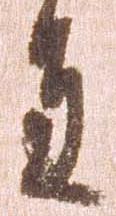
進